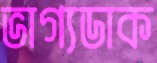
ভাগ্যডাক